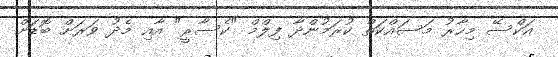
އަކްސޭ މިހާރު މަސައްކަތް ކުރަމުންދާ ފިލްމް "ކެސާރީ" އާއި މެދު ވަރަށް ބޮޑަށް